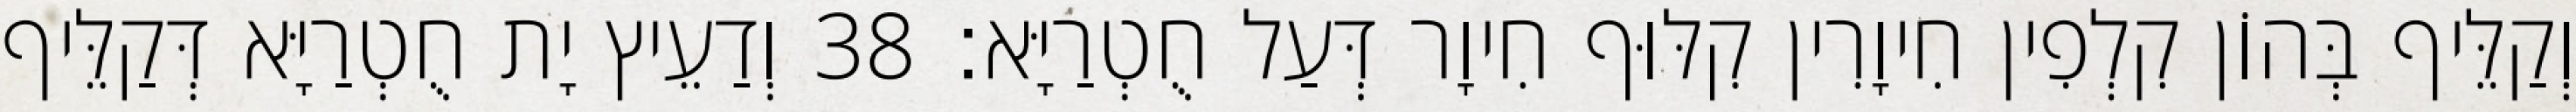
וְקַלֵּיף בְּהוֹן קִלְפִין חִיוָרִין קִלּוּף חִיוָר דְּעַל חֻטְרַיָּא׃ 38 וְדַעֵיץ יָת חֻטְרַיָּא דְּקַלֵּיף